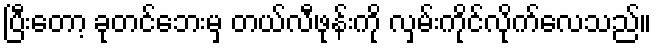
ပြီးတော့ ခုတင်ဘေးမှ တယ်လီဖုန်းကို လှမ်းကိုင်လိုက်လေသည်။